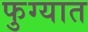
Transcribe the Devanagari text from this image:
फुग्यात